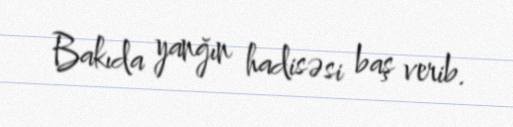
Bakıda yanğın hadisəsi baş verib.